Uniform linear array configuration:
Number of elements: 8
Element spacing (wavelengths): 0.75
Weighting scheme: binomial
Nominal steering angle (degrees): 0
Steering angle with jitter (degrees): -1.994
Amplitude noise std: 0.05
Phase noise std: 0.05

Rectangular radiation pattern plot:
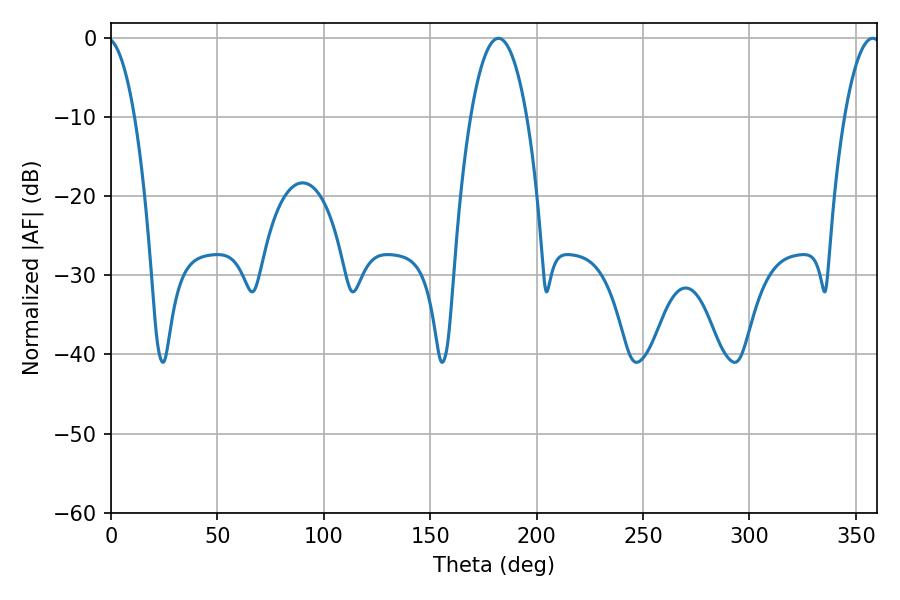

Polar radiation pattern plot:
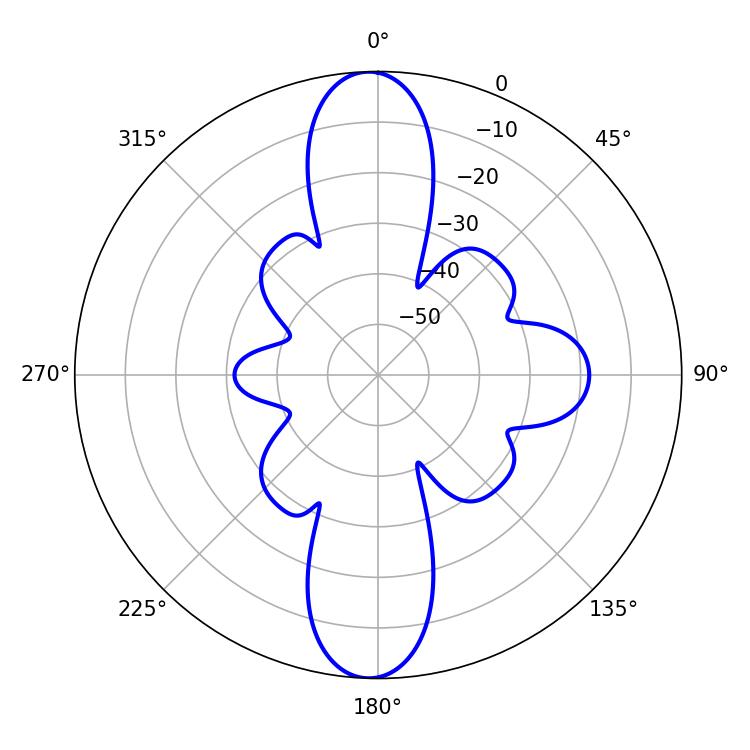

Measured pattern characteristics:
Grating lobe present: TRUE
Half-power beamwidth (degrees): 14.58
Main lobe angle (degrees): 181.98